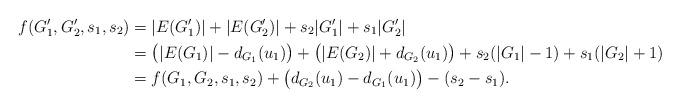
LaTeX: \begin{align*}f(G_{1}', G_{2}', s_{1}, s_{2}) &= |E(G_{1}')| + |E(G_{2}')| + s_{2}|G_{1}'| + s_{1}|G_{2}'| \\&=\big( |E(G_{1})| - d_{G_{1}}(u_{1}) \big) + \big( |E(G_{2})| + d_{G_{2}}(u_{1}) \big) + s_{2} ( |G_{1}| - 1) + s_{1} (|G_{2}| + 1) \\&= f(G_{1}, G_{2}, s_{1}, s_{2}) + \big( d_{G_{2}}(u_{1}) - d_{G_{1}}(u_{1}) \big) - (s_{2} - s_{1}). \end{align*}